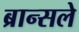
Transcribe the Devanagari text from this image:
ब्रान्सले